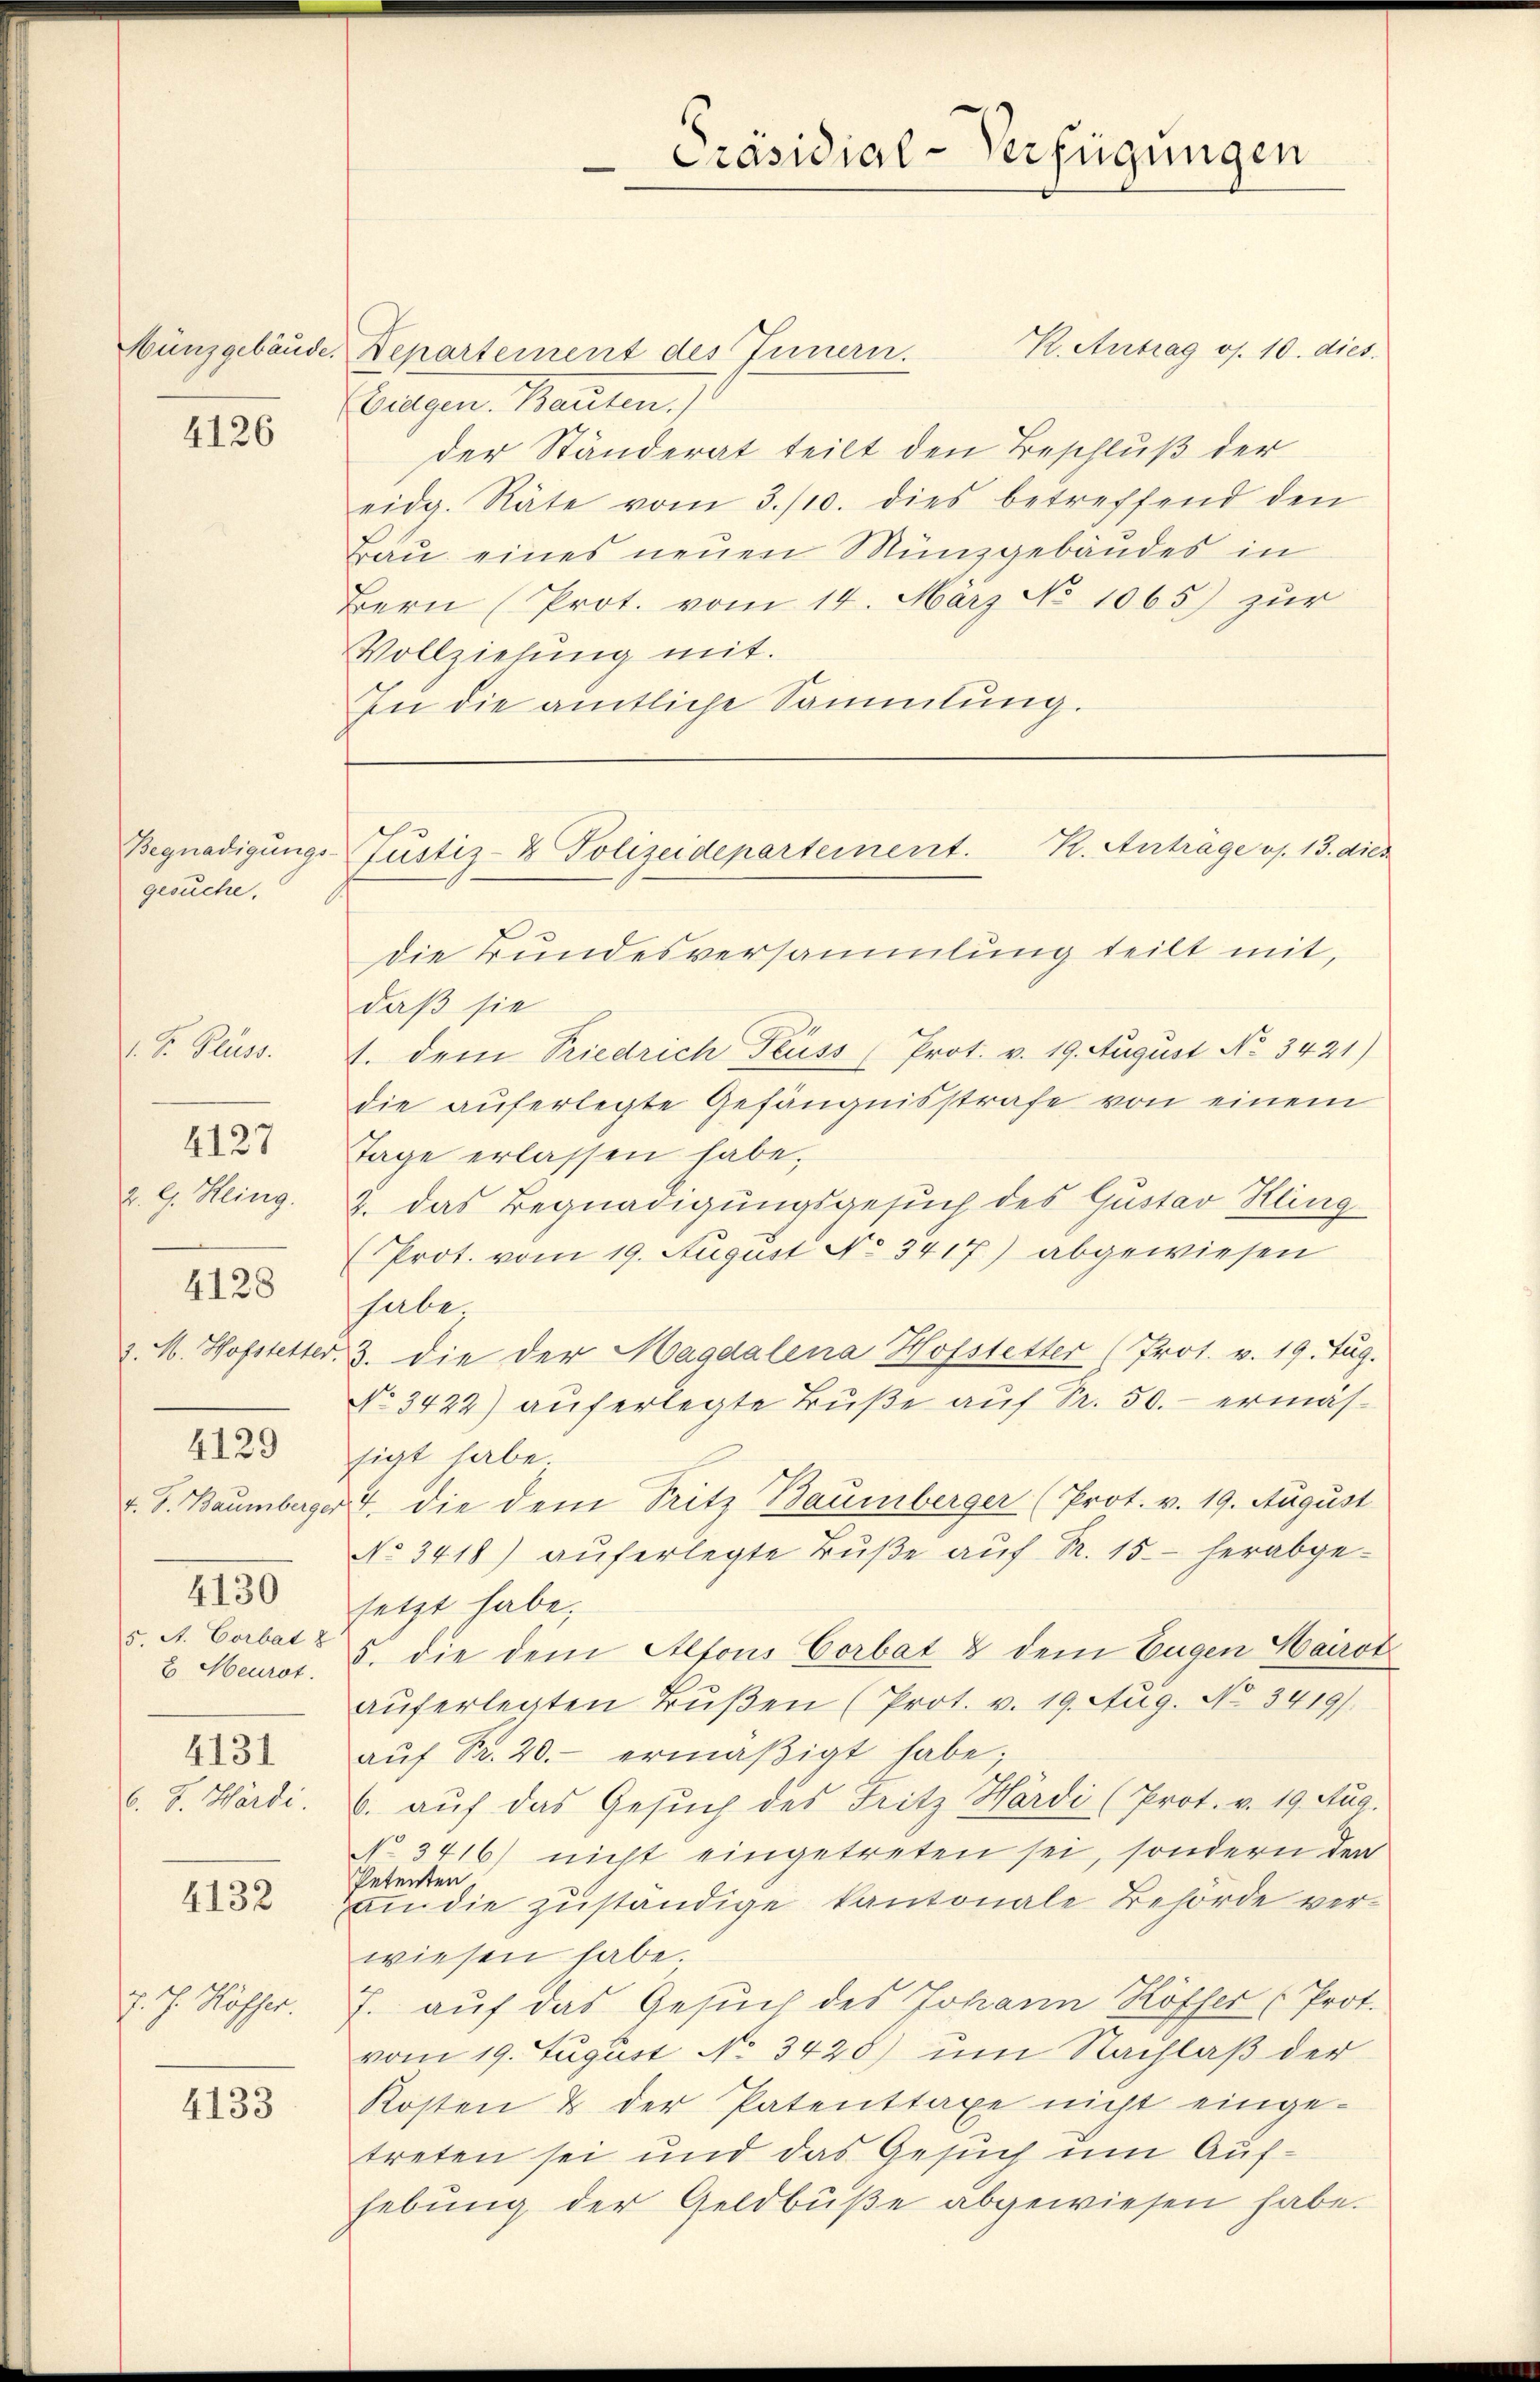
Hünzgebäude.

4126

Begnadigungs-
gesuche.

1. v. Pluss.

4127
2. 9. Heing

v. J. Baumberger
4130
5. A. Corbat 8
2 Meurot.
4131
b. J. Hardi.

4128

4129

4132

d. J. Mösser.

4133

Präsidial-Verfügungen

K. Antrag os. 10. dies.
Departement des Innern.
Gegen Bauten
der Ständerat teilt den Beschluß der
eidg. Räte vom 3./10. dies betreffend den
Bau eines neuen Münzgebäudes in
Bern (Prot. vom 14. März No 1065.) zur
Vollziehung mit.
In die amtliche Sammlung.

Die Bundesversammlung teilt mit,
daß sie
1. dem Friedrich Fluss (Prot. v. 19. August No. 3421)
die auferlegte Gefängnisstrafe von einem
Tage erlassen habe.
2. das Begnadigungsgesuch des Gustav Kling
Prot. vom 19. August No. 3417) abgewiesen
habe;
2. M. Hofstetter, 3. die der Magdalena Hofstetter (Prot. v. 19. Jug.
No. 3422) auferlegte Buße auf Fr. 50.- ermässigt habe.
4. die dem Tritz Baumberger (Prot. v. 19. August
No 3418) auferlegte Bŭβe aŭf Fr. 15. herabge-
setzt habe.
5. die dem Alfons Corbat & dem Eugen Hairot
aŭferlegten Bŭβen (Prot. v. 19. Aug. No. 3419).
aŭf Fr. 20.- ermäßigt habe;
6. auf das Gesŭch des Fritz Hardi (Prot. v. 19. Aug.
No 3416) nicht eingetreten sei, sondern der
Petenten
an die zuständige kantonale Behörde verwiesen habe.
7. auf das Gesuch des Johann Kösser (Prot.
vom 19. August No. 3425) um Nachlaß der
Kosten & der Patenttaxe nicht einge-
treten sei und das Gesuch um Aufhebung der Geldbuße abgewiesen habe.

Justiz- & Polizeidepartement. K. Anträge os. 13. dies